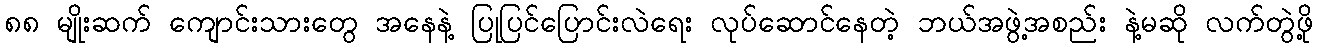
၈၈ မျိုးဆက် ကျောင်းသားတွေ အနေနဲ့ ပြုပြင်ပြောင်းလဲရေး လုပ်ဆောင်နေတဲ့ ဘယ်အဖွဲ့အစည်း နဲ့မဆို လက်တွဲဖို့